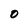
Character: 0